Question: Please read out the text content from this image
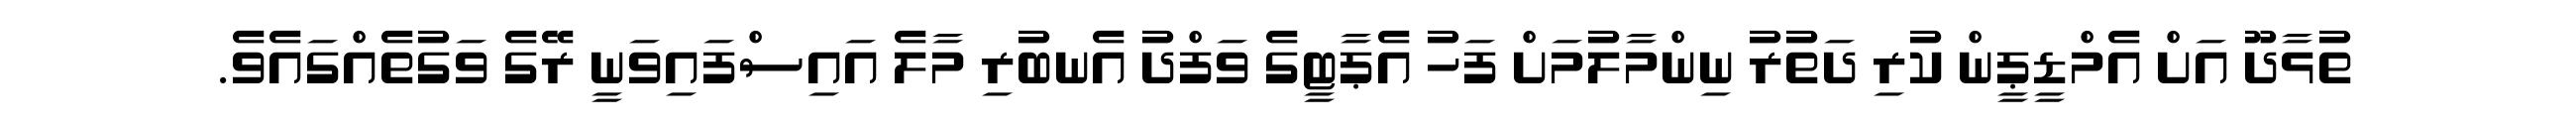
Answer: ތުޅާދޫ އަށް އެމްޑީޕީން ކުރި ދަތުރު ނިންމާލުމަށް ފަހު އެޕާޓީގެ ވަފްދު އެނބުރި މާލެ އައިސްފައިވަނީ ރޭގެ ވަގުތެއްގައެވެ.